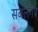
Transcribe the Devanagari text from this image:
सबलगढ